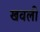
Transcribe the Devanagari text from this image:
खवली